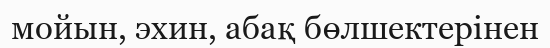
мойын, эхин, абақ бөлшектерінен